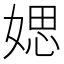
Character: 媤